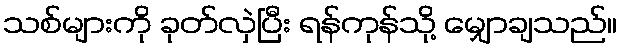
သစ်များကို ခုတ်လှဲပြီး ရန်ကုန်သို့ မျှောချသည်။